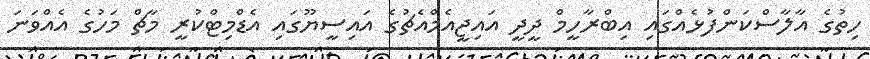
ހިތުގެ އާލާސްކަންފުޅެއްގައި އިބްރާހީމް ދީދީ އައިޖީއެމްއެޗުގެ އައިސީޔޫގައި އެޑްމިޓްކުރީ މާޗް މަހުގެ އެއްވަނަ